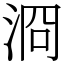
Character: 浻